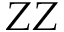
Z Z